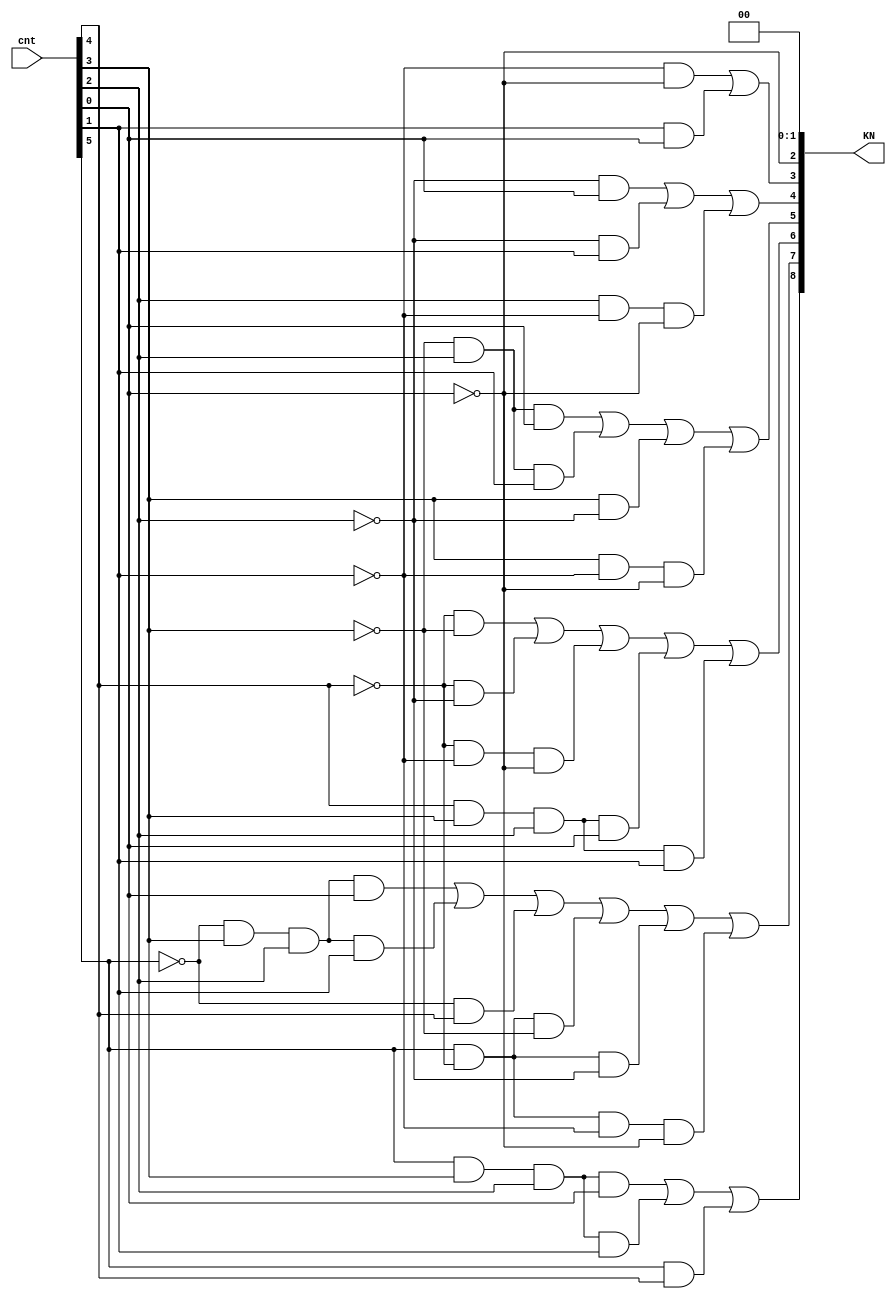
module KtoN_logic

(
    input      [5:0] cnt,
    output     [8:0] KN
);

assign KN[8] = cnt[5] & cnt[3] & cnt[2] & cnt[0] | cnt[5] & cnt[3] & cnt[2] & cnt[1] | cnt[5] & cnt[4];
assign KN[7] = ~cnt[5] & cnt[3] & cnt[2] & cnt[0] | ~cnt[5] & cnt[3] & cnt[2] & cnt[1] | ~cnt[5] & cnt[4] | cnt[5] & ~cnt[4] & ~cnt[3] | cnt[5] & ~cnt[4] & ~cnt[2] |  cnt[5] & ~cnt[4] & ~cnt[1] & ~cnt[0];
assign KN[6] = ~cnt[4] & ~cnt[3] |  ~cnt[4] & ~cnt[2] | ~cnt[4] & ~cnt[1] & ~cnt[0] | cnt[4] & cnt[3] & cnt[2] & cnt[0] | cnt[4] & cnt[3] & cnt[2] & cnt[1];
assign KN[5] = ~cnt[3] & cnt[2] & cnt[0] | ~cnt[3] & cnt[2] & cnt[1] | cnt[3] & ~cnt[2] | cnt[3] & ~cnt[1] & ~cnt[0];
assign KN[4] = ~cnt[2] & cnt[0] | ~cnt[2] & cnt[1] | cnt[2] & ~cnt[1] & ~cnt[0];
assign KN[3] = ~cnt[1] & ~cnt[0] | cnt[1] & cnt[0];
assign KN[2] = ~cnt[0];
assign KN[1] = 0;
assign KN[0] = 0;


endmodule